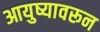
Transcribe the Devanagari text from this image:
आयुष्यावरून